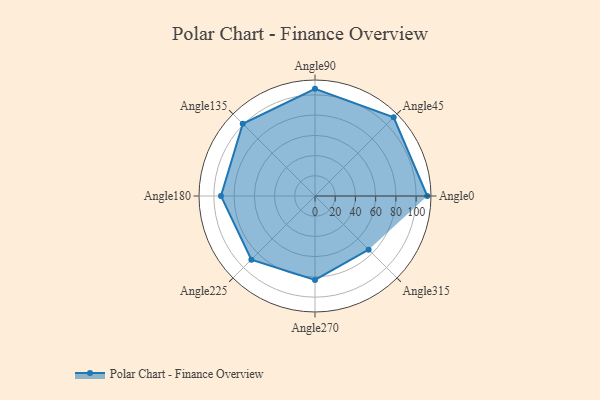
{"axis": {"x": "Angle", "y": "Radius"}, "legend": [""], "data": [{"x": "Angle0", "y": 111.0, "type": ""}, {"x": "Angle45", "y": 110.0, "type": ""}, {"x": "Angle90", "y": 106.0, "type": ""}, {"x": "Angle135", "y": 101.0, "type": ""}, {"x": "Angle180", "y": 93.0, "type": ""}, {"x": "Angle225", "y": 89.0, "type": ""}, {"x": "Angle270", "y": 83.0, "type": ""}, {"x": "Angle315", "y": 75.0, "type": ""}]}